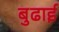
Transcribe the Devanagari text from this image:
बुढाई